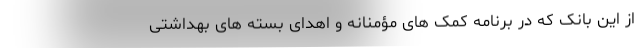
از این بانک که در برنامه کمک های مؤمنانه و اهدای بسته های بهداشتی